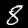
Label: 8